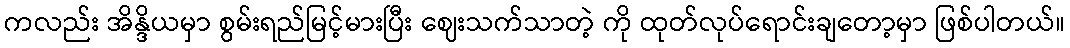
ကလည်း အိန္ဒိယမှာ စွမ်းရည်မြင့်မားပြီး ဈေးသက်သာတဲ့ ကို ထုတ်လုပ်ရောင်းချတော့မှာ ဖြစ်ပါတယ်။